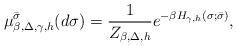
LaTeX: \begin{align*}\mu^{\bar\sigma}_{\beta,\Delta,\gamma,h}(d\sigma)=\frac{1}{Z_{\beta,\Delta,h}}e^{-\beta H_{\gamma,h}(\sigma;\bar\sigma)},\end{align*}